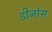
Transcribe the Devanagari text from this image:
डीनोस